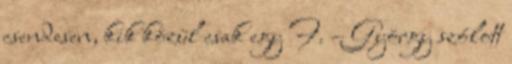
csendesen, kik közül csak egy F. – György szólott